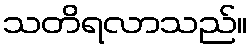
သတိရလာသည်။